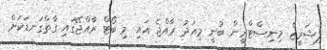
ފިޝަރީޒް މިނިސްޓްރީން ބުނީ މިއަދު ރާއްޖެ އައި މި ބޯޓް ރާއްޖޭގައި ގާތްގަނޑަކަށް